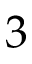
3